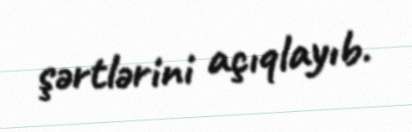
şərtlərini açıqlayıb.